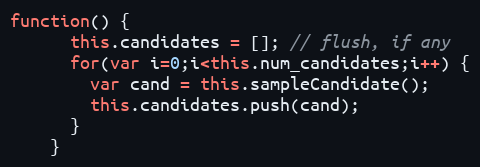
Language: JavaScript
function() {
      this.candidates = []; // flush, if any
      for(var i=0;i<this.num_candidates;i++) {
        var cand = this.sampleCandidate();
        this.candidates.push(cand);
      }
    }